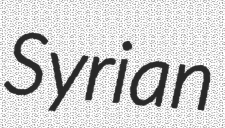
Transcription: Syrian